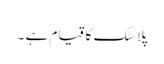
پلاسٹک کا قیام ہے ۔